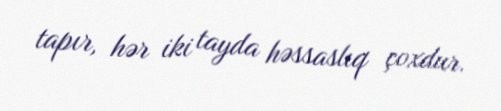
tapır, hər iki tayda həssaslıq çoxdur.